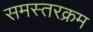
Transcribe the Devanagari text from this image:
समस्तरक्रम